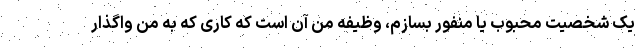
یک شخصیت محبوب یا منفور بسازم، وظیفه من آن است که کاری که به من واگذار